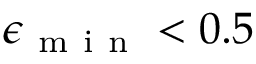
\epsilon _ { \mathrm { ~ m ~ i ~ n ~ } } < 0 . 5